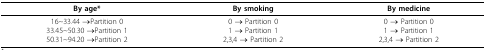
| By age* | By smoking | By medicine |
 | --- | --- | --- |
 | 16~33.44 →Partition 033.45~50.30 →Partition 150.31~94.20 →Partition 2 | 0 → Partition 01 → Partition 12,3,4 → Partition 2 | 0 → Partition 01 → Partition 12,3,4 → Partition 2 |